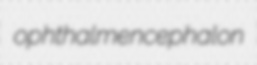
ophthalmencephalon